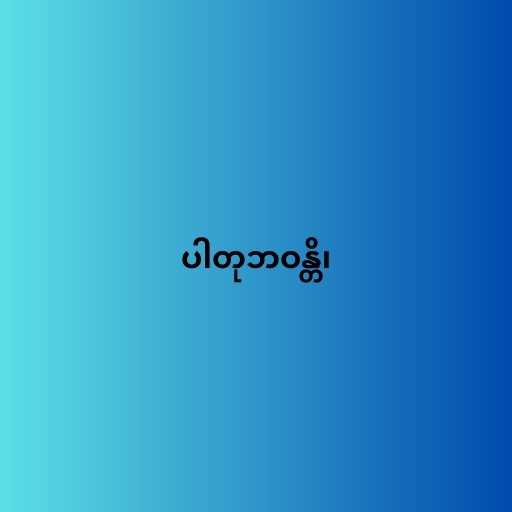
ပါတုဘဝန္တိ၊